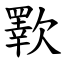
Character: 歝